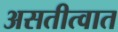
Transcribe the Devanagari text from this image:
असतीत्वात